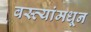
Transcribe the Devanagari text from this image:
वस्त्यांमधून